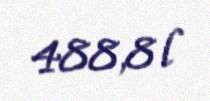
488,8 l